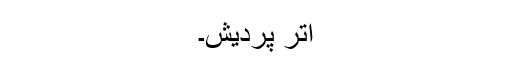
اتر پردیش۔